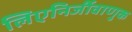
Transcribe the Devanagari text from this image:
लिएनिर्जीवाणुक